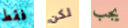
فقط لكن يجب